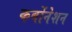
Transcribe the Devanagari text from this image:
कर्बोनेशन